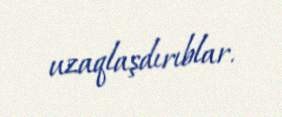
uzaqlaşdırıblar.